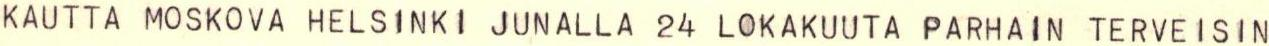
KAUTTA MOSKOVA HELS1NKI JUNALLA 24 LOKAKUUTA PARHAIN TERVEISIN